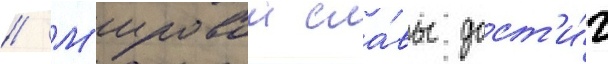
// М'ировои сла́вы дост'и́г